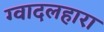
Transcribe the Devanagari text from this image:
ग्वादलहारा